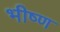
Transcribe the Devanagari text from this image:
भीष्ण